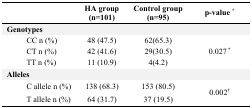
<table><thead><tr><td></td><td><b>HA group (n=101)</b></td><td><b>Control group (n=95)</b></td><td><b>p-value *</b></td></tr></thead><tbody><tr><td><b>Genotypes</b></td><td></td><td></td><td></td></tr><tr><td>CC n (%)</td><td>48 (47.5)</td><td>62(65.3)</td><td></td></tr><tr><td>CT n (%)</td><td>42 (41.6)</td><td>29(30.5)</td><td>0.027 <sup>*</sup></td></tr><tr><td>TT n (%)</td><td>11 (10.9)</td><td>4(4.2)</td><td></td></tr><tr><td><b>Alleles</b></td><td></td><td></td><td></td></tr><tr><td>C allele n (%)</td><td>138 (68.3)</td><td>153 (80.5)</td><td>0.002<sup>†</sup></td></tr><tr><td>T allele n (%)</td><td>64 (31.7)</td><td>37 (19.5)</td><td></td></tr></tbody></table>